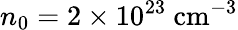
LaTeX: n_{0}=2\times 10^{23}~\mathrm{cm^{-3}}